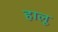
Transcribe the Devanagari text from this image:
हालू